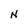
Character: N